Report of the Indian Hemp Drugs Commission, 1894-1895 - Volume V
Year: 1894
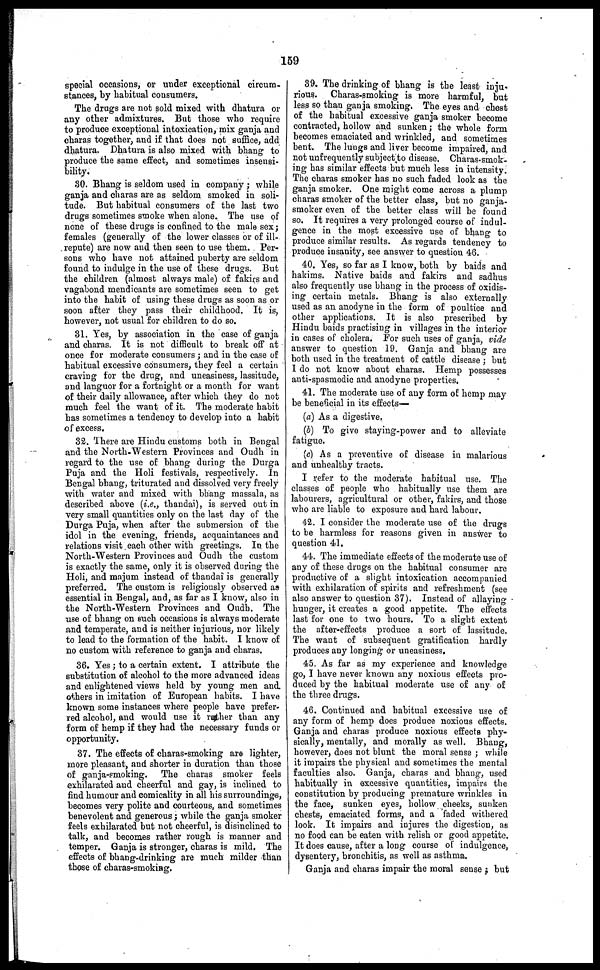
159
special occasions, or under exceptional circum-
stances, by habitual consumers.
The drugs are not sold mixed with dhatura or
any other admixtures. But those who require
to produce exceptional intoxication, mix ganja and
charas together, and if that does not suffice, add
dhatura, Dhatura is also mixed with bhang to
produce the same effect, and sometimes insensi-
bility.
30. Bhang is seldom used in company; while
ganja and charas are as seldom smoked in soli-
tude. But habitual consumers of the last two
drugs sometimes smoke when alone. The use of
none of these drugs is confined to the male sex;
females (generally of the lower classes or of ill-
repute) are now and then seen to use them. Per-
sons who have not attained puberty are seldom
found to indulge in the use of these drugs. But
the children (almost always male) of fakirs and
vagabond mendicants are sometimes seen to get
into the habit of using these drugs as soon as or
soon after they pass their childhood. It is,
however, not usual for children to do so.
31. Yes, by association in the case of ganja
and charas. It is not difficult to break off at
once for moderate consumers; and in the case of
habitual excessive consumers, they feel a certain
craving for the drug, and uneasiness, lassitude,
and languor for a fortnight or a month for want
of their daily allowance, after which they do not
much feel the want of it. The moderate habit
has sometimes a tendency to develop into a habit
of excess.
32. There are Hindu customs both in Bengal
and the North-Western Provinces and Oudh in
regard to the use of bhang during the Durga
Puja and the Holi festivals, respectively. In
Bengal bhang, triturated and dissolved very freely
with water and mixed with bhang massala, as
described above (i.e., thandai), is served out in
very small quantities only on the last day of the
Durga Puja, when after the submersion of the
idol in the evening, friends, acquaintances and
relations visit each other with greetings. In the
North-Western Provinces and Oudh the custom
is exactly the same, only it is observed during the
Holi, and majum instead of thandai is generally
preferred. The custom is religiously observed as
essential in Bengal, and, as far as I know, also in
the North-Western Provinces and Oudh. The
use of bhang on such occasions is always moderate
and temperate, and is neither injurious, nor likely
to lead to the formation of the habit. I know of
no custom with reference to ganja and charas.
36. Yes; to a certain extent. I attribute the
substitution of alcohol to the more advanced ideas
and enlightened views held by young men and.
others in imitation of European habits. I have
known some instances where people have prefer-
red alcohol, and would use it rather than any
form of hemp if they had the necessary funds or
opportunity.
37. The effects of charas-smoking are lighter,
more pleasant, and shorter in duration than those
of ganja-smoking. The charas smoker feels
exhilarated and cheerful and gay, is inclined to
find humour and comicality in all his surroundings,
becomes very polite and courteous, and sometimes
benevolent and generous; while the ganja smoker
feels exhilarated but not cheerful, is disinclined to
talk, and becomes rather rough is manner and
temper. Ganja is stronger, charas is mild. The
effects of bhang-drinking are much milder than
those of charas-smoking.
39. The drinking of bhang is the least inju-
rious. Charas-smoking is more harmful, but
less so than ganja smoking. The eyes and chest
of the habitual excessive ganja smoker become
contracted, hollow and sunken; the whole form
becomes emaciated and wrinkled, and sometimes
bent. The lungs and liver become impaired, and
not unfrequently subject to disease. Charas-smok-
ing has similar effects but much less in intensity.
The charas smoker has no such faded look as the
ganja smoker. One might come across a plump
charas smoker of the better class, but no ganja-
smoker even of the better class will be found
so. It requires a very prolonged course of indul-
gence in the most excessive use of bhang to
produce similar results. As regards tendency to
produce insanity, see answer to question 46.
40. Yes, so far as I know, both by baids and
hakims. Native baids and fakirs and sadhus
also frequently use bhang in the process of oxidis-
ing certain metals. Bhang is also externally
used as an anodyne in the form of poultice and
other applications. It is also prescribed by
Hindu baids practising in villages in the interior
in cases of cholera. For such uses of ganja, vide
answer to question 19. Ganja and bhang are
both used in the treatment of cattle disease; but
I do not know about charas. Hemp possesses
anti-spasmodic and anodyne properties.
41. The moderate use of any form of hemp may
be beneficial in its effects—
(a) As a digestive.
(b) To give staying-power and to alleviate
fatigue.
(c) As a preventive of disease in malarious
and unhealthy tracts.
I refer to the moderate habitual use. The
classes of people who habitually use them are
labourers, agricultural or other, fakirs, and those
who are liable to exposure and hard labour.
42. I consider the moderate use of the drugs
to be harmless for reasons given in answer to
question 41.
44. The immediate effects of the moderate use of
any of these drugs on the habitual consumer are
productive of a slight intoxication accompanied
with exhilaration of spirits and refreshment (see
also answer to question 37). Instead of allaying
hunger, it creates a good appetite. The effects
last for one to two hours. To a slight extent
the after-effects produce a sort of lassitude.
The want of subsequent gratification hardly
produces any longing or uneasiness.
45. As far as my experience and knowledge
go, I have never known any noxious effects pro-
duced by the habitual moderate use of any of
the three drags.
46. Continued and habitual excessive use of
any form of hemp does produce noxious effects.
Ganja and charas produce noxious effects phy-
sically, mentally, and morally as well. Bhang,
however, does not blunt the moral sense; while
it impairs the physical and sometimes the mental
faculties also. Ganja, charas and bhang, used
habitually in excessive quantities, impairs the
constitution by producing premature wrinkles in
the face, sunken eyes, hollow cheeks, sunken
chests, emaciated forms, and a faded withered
look. It impairs and injures the digestion, as
no food can be eaten with relish or good appetite.
It does cause, after a long course of indulgence,
dysentery, bronchitis, as well as asthma.
Ganja and charas impair the moral sense; but